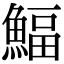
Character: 鰏